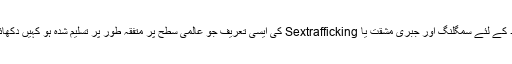
جنسی مقاصد کے لئے سمگلنگ اور جبری مشقت یا Sextrafficking کی ایسی تعریف جو عالمی سطح پر متفقہ طور پر تسلیم شدہ ہو کہیں دکھائی نہیں دیتی۔